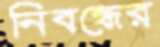
নিবন্ধের